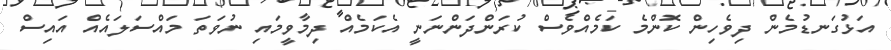
އަޅުގަނޑުމެން ދިވެހިން ކޮންމެ ކަމެއްވެސް ކުރަންދަންނަނީ އެކަމެއް ދިމާވީމައި ނުވަތަ މައްސަލައެއް އައިސް